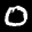
Label: 0